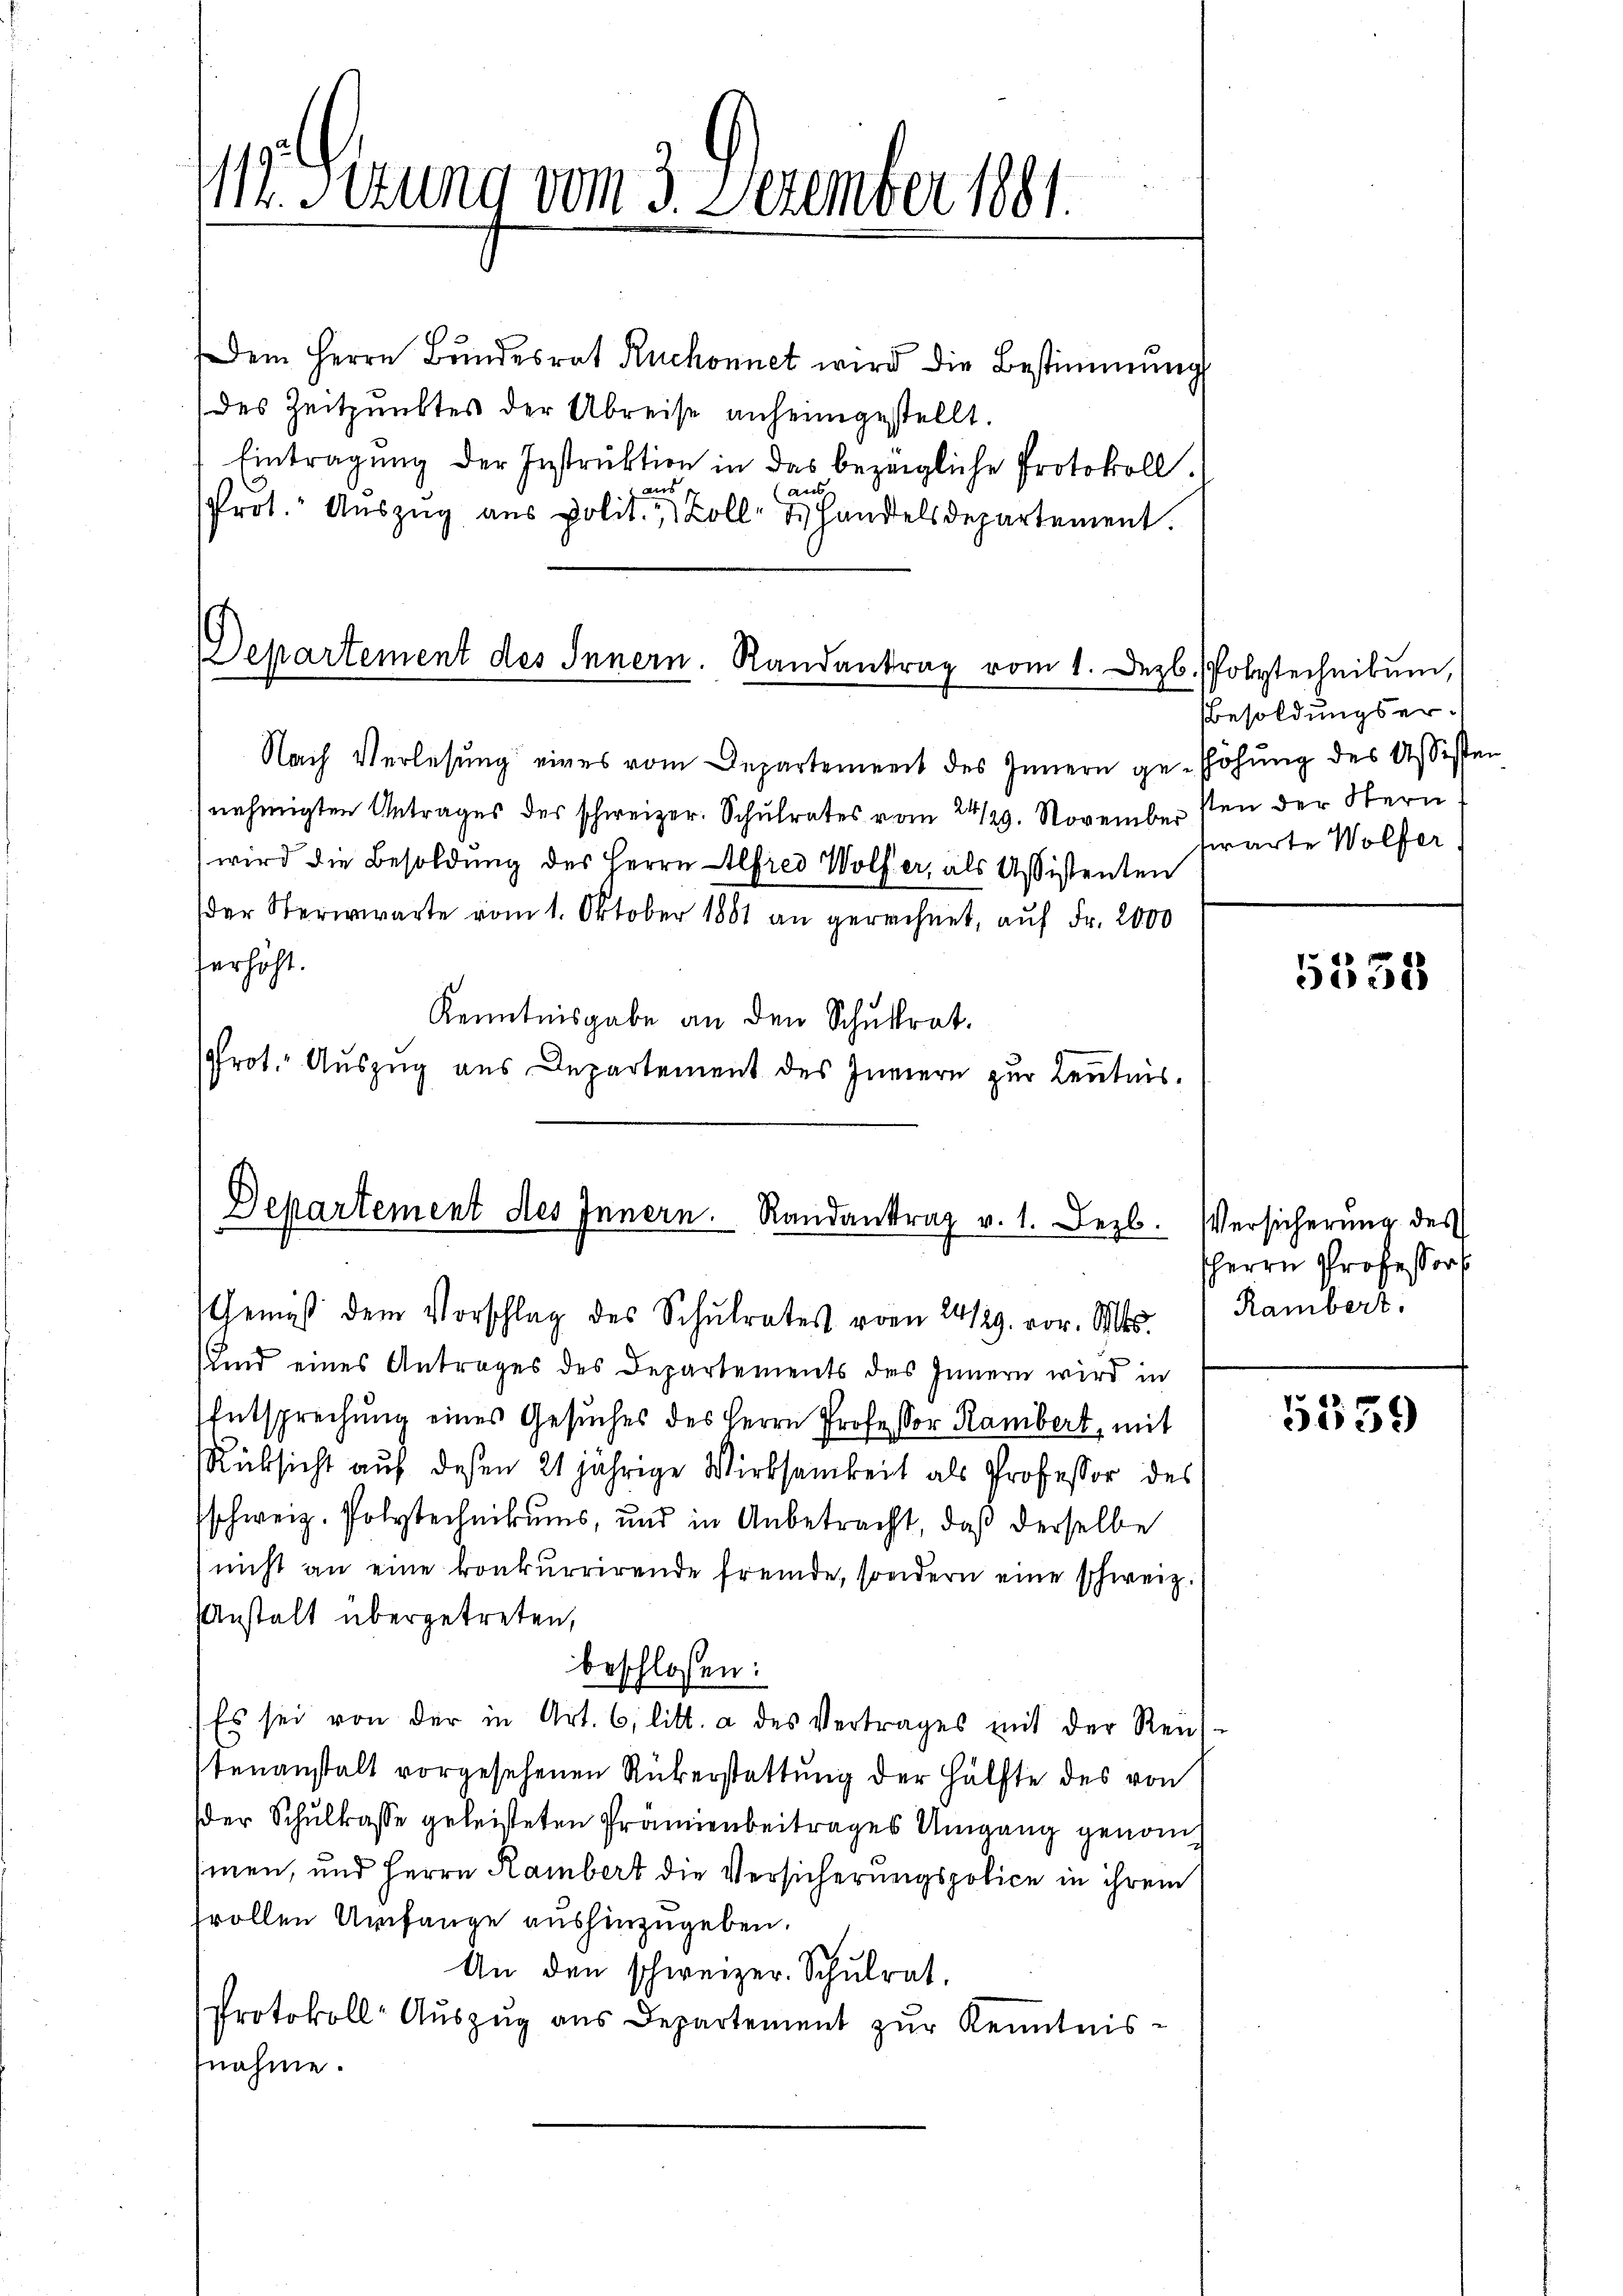
112. Sekung vom 3. Dezember 1881.

Dem Herrn Bŭndesrat Ruchonnet wird die Bestimmung
des Zeitpunktes der Abreise anheimgestellt.
Eintragung der Instruktion in das bezeigliche Protokoll.
 8
a
Prot. Aŭszŭg aŭs Polit. 7 Zoll- u. Handelsdepartement.

Departement des Innern. Randantrag vom 1. Dezb. Polytechnikum,

Departement des Innern. Randantrag v. 1. Dezb

Nach Verlesung eines vom Departement des Innern gehöhŭng des Assisten
nehmigten Antrages des schweizer. Schulrates vom 24/29. November sen der Stern
wird die Besoldung des Herrn Alfred Wolfer, als Assistenten
der Sterwarte vom 1. Oktober 1881 an gerechnet, auf Fr. 2000
Verhöht.
Kenntnisgabe an den Schulrat.
Prot. Auszug aus Departement des Innern zur Kentnis.

Gemäß dem Vorschlag des Schŭlrates vom 24/29. vor. Mts.  Rambert.
und eines Antrages des Departements des Innern wird in
Entsprechung eines Gesuches des Herrn Professor Rambert, mit
Rüksicht auf deßen 21 jährige Wirksamkeit als Professor des
schweiz. Polytechnikums, und in Anbetracht, daß derselbe
nicht an eine konkurrirende fremde, sondern eine schweiz.
Anstalt übergetreten,
beschlossen:
Es sei von der in Art. 6, litt. a des Vertrages mit der Reich-
tenanstalt vorgesehenen Rükerstattung der Hälfte des von
der Schulkasse geleisteten Prämienbeitrages Umgang genom
sinen, und Herrn Rambert die Versicherungspolice in ihrem
frollen Umfange aushinzugeben.
An den schweizer. Schulrat,
Protokoll Auszug aus Departement zur Kenntnis-
nahme.

Besoldungserswarte Wolfer

1538

Versicherung des
HHerrn Professor

5539